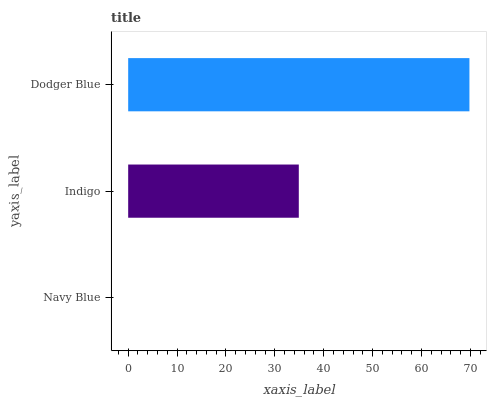
| yaxis_label | bars |
 | --- | --- |
 | Navy Blue | 0 |
 | Indigo | 34.9 |
 | Dodger Blue | 69.8 |